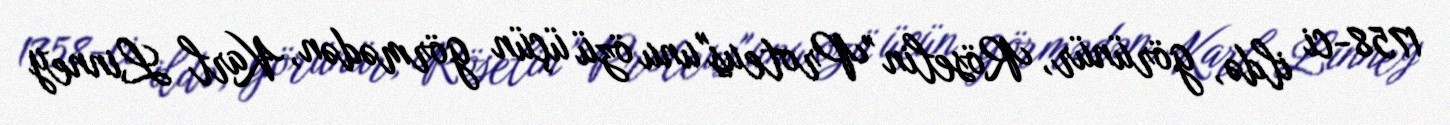
1758-ci ildə, görünür, Röselin "Proteus"unu özü üçün görmədən, Karl Linney